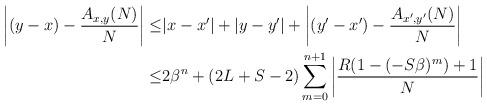
LaTeX: \begin{align*} \left|(y-x)-\frac{A_{x,y}(N)}N\right|\leq & |x-x'|+|y-y'|+\left|(y'-x')-\frac{A_{x',y'}(N)}N\right|\\\leq & 2\beta^n+(2L+S-2)\sum_{m=0}^{n+1}\left|\frac{R(1-(-S\beta)^m)+1}N \right|\end{align*}